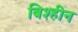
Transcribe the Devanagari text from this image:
बिश्हीन